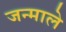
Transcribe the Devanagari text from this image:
जन्माले